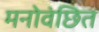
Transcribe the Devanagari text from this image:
मनोवंछित